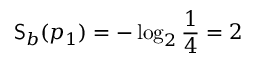
\mathsf { S } _ { b } ( p _ { 1 } ) = - \log _ { 2 } \frac { 1 } { 4 } = 2